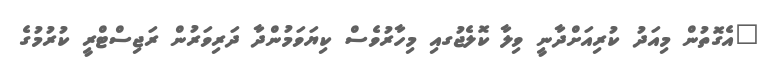
"އެގޮތުން މިއަދު ކުރިއަށްދާނީ ވިލާ ކޮލެޖުގއި މިހާރުވެސް ކިޔަވަމުންދާ ދަރިވަރުން ރަޖިސްޓްރީ ކުރުމުގެ